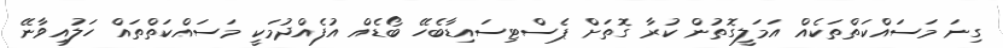
ގިނަ މަސައްކަތްތަކެއް އަމަލީގޮތުން ކުރާ ގޮތަށް ޕެސްޓިސައިޑާބެހޭ ބޯޑެއް އުފެއްދުމަކީ މަސައްކަތްތައް ހަލުއިވާނޭ